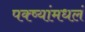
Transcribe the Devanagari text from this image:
पक्ष्यांमधलं